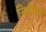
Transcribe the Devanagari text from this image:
निदेसक